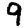
Digit: 9